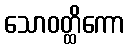
သောဝတ္ထိကော